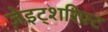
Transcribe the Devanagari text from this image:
ज़ेइट्शरिफ़्ट